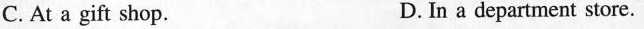
C. At a gift shop. D. In a department store.